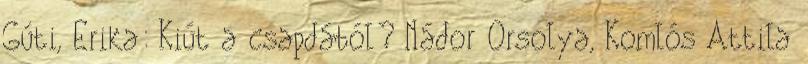
Gúti, Erika: Kiút a csapdából? Nádor Orsolya, Komlós Attila